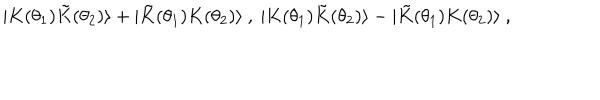
LaTeX: \ | K ( \theta _ { 1 } ) { \tilde { K } } ( \theta _ { 2 } ) \rangle + | { \tilde { K } } ( \theta _ { 1 } ) K ( \theta _ { 2 } ) \rangle \ , \ | K ( \theta _ { 1 } ) { \tilde { K } } ( \theta _ { 2 } ) \rangle - | { \tilde { K } } ( \theta _ { 1 } ) K ( \theta _ { 2 } ) \rangle \ ,